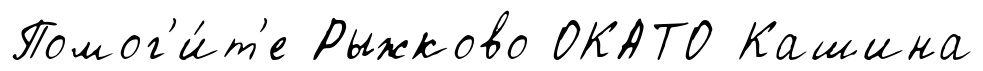
Помог'и́т'е Рыжково ОКАТО Кашина